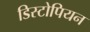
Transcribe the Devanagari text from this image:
डिस्टोपियन